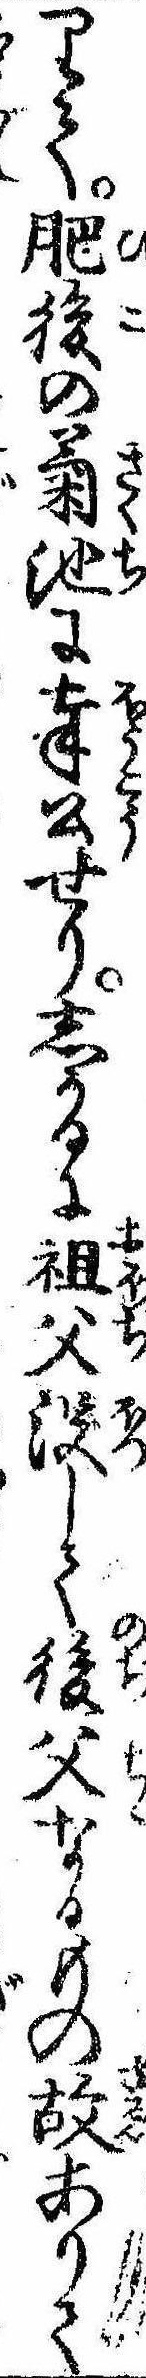
りて肥後の菊池に奉公せりしかるに祖父没して後父なるもの故ありて